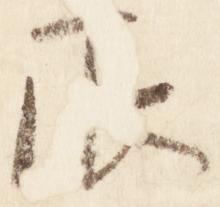
辰